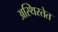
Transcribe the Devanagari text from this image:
अस्थिरतेत